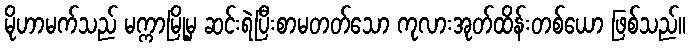
မိုဟာမက်သည် မက္ကာမြို့မှ ဆင်းရဲပြီးစာမတတ်သော ကုလားအုတ်ထိန်းတစ်ယော ဖြစ်သည်။